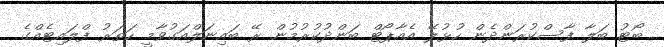
ބޯޓު ބަލާ ފާސްކުރަންދެން ހުޅުލޭ އެއާޕޯޓް ބަންދުކުރުމުން ރޭ ބައިނަލްއަގުވާމީ ހަތަރު ފްލައިޓެއްގެ